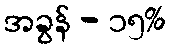
အခွန် - ၁၅%